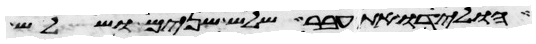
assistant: הולידו את עבר שלש שנים ושלש